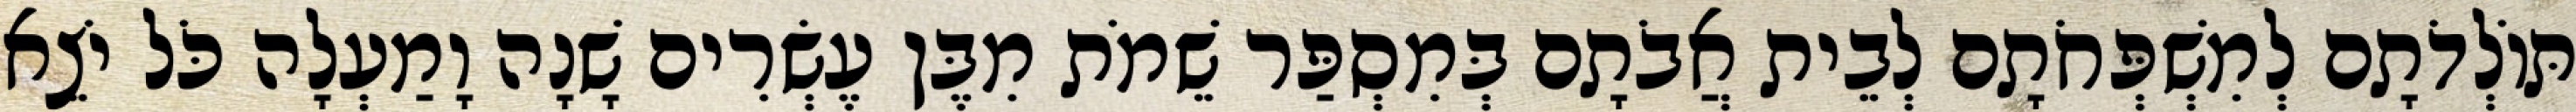
תּוֹלְדֹתָם לְמִשְׁפְּחֹתָם לְבֵית אֲבֹתָם בְּמִסְפַּר שֵׁמֹת מִבֶּן עֶשְׂרִים שָׁנָה וָמַעְלָה כֹּל יֹצֵא